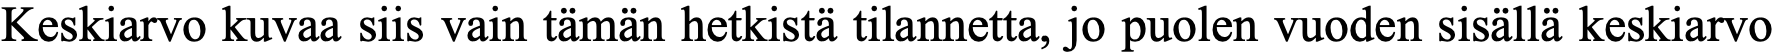
Keskiarvo kuvaa siis vain tämän hetkistä tilannetta, jo puolen vuoden sisällä keskiarvo